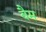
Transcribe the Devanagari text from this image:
वैम